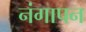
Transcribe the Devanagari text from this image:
नंगापन